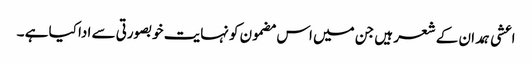
اعشی ہمدان کے شعر ہیں جن میں اس مضمون کو نہایت خوبصورتی سے ادا کیا ہے ۔